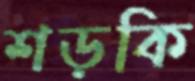
শড়কি